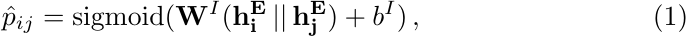
\begin{equation}
\vspace{-0.2em}
\label{eq9}
    \hat{p}_{ij} = \text{sigmoid}(\mathbf{W}^I(\mathbf{h^E_i} \,||\, \mathbf{h^E_j}) + {b}^I) \,,
\end{equation}